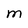
Character: M